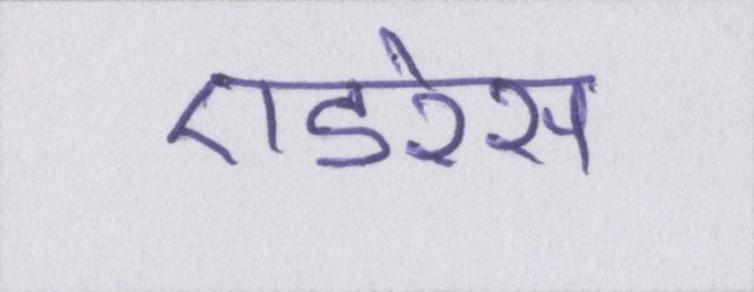
एडरेस